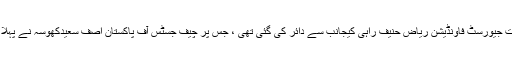
خیال رہے درخواست جیورسٹ فاونڈیشن ریاض حنیف راہی کیجانب سے دائر کی گئی تھی ، جس پر چیف جسٹس آف پاکستان آصف سعیدکھوسہ نے پہلا ازخود نوٹس لیا تھا۔